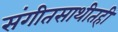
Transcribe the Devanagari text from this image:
संगीतसाथीतही